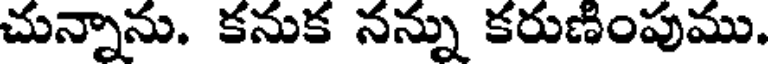
చున్నాను. కనుక నన్ను కరుణింపుము.